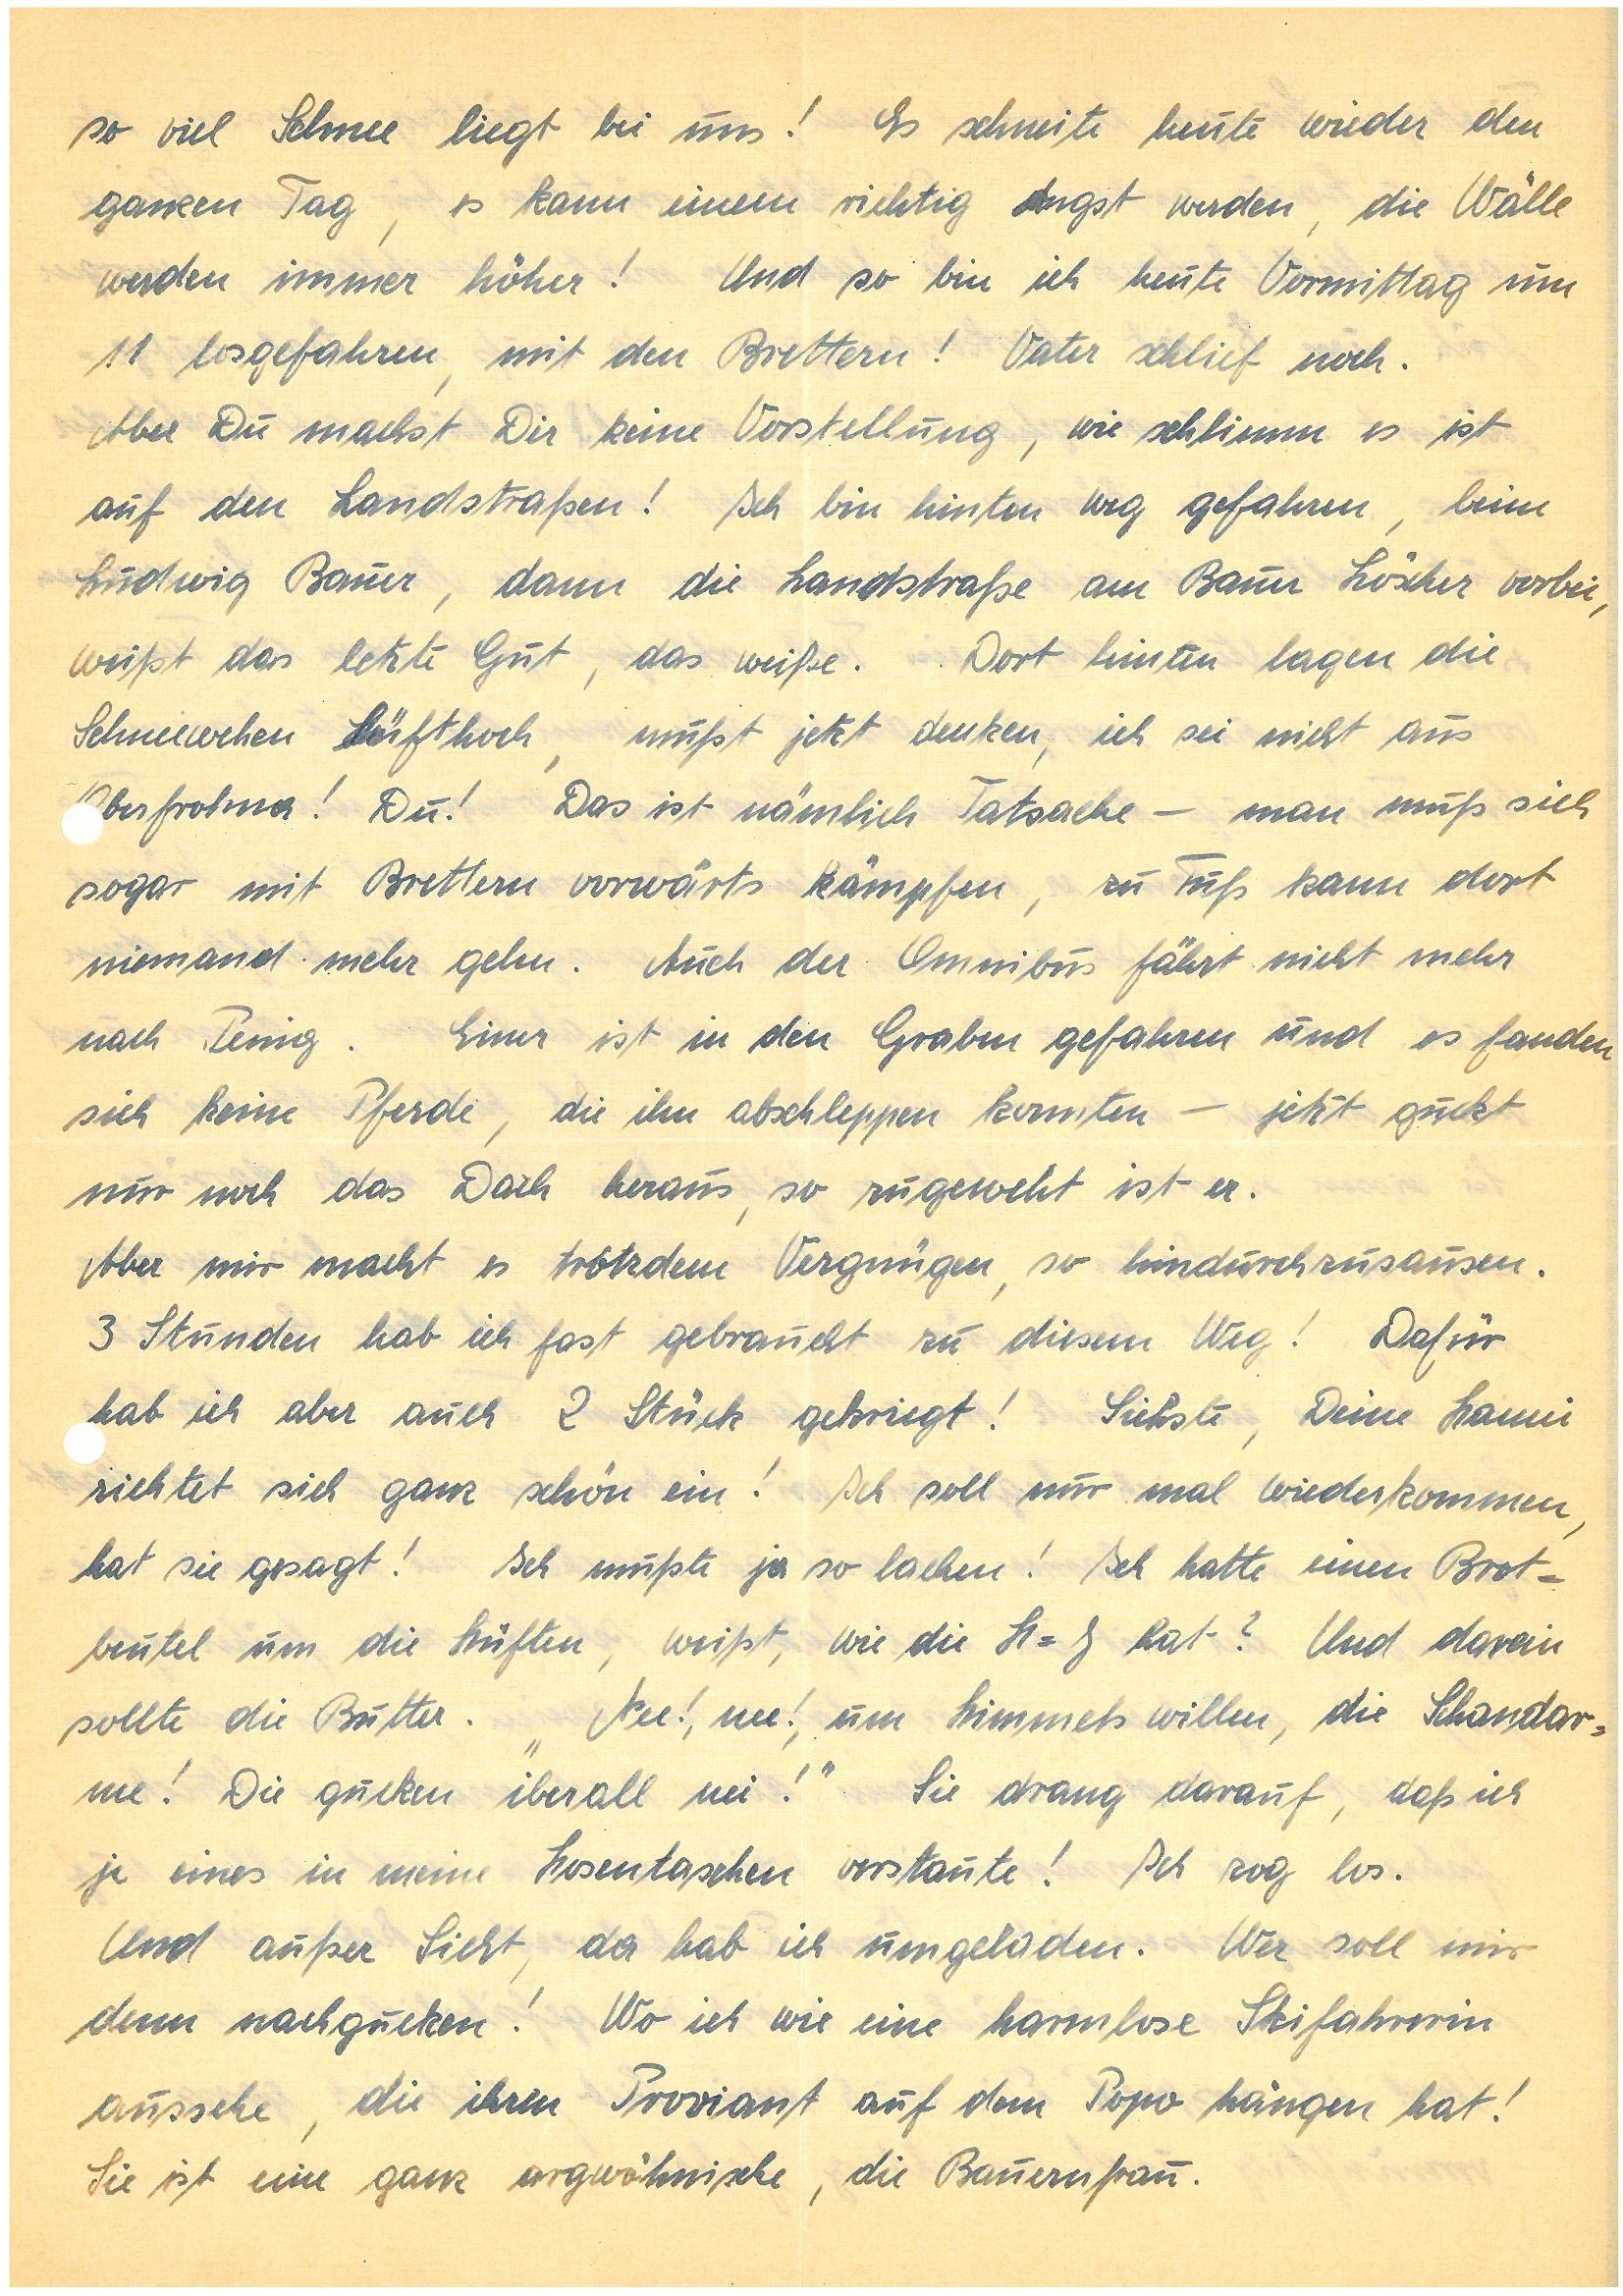
soviel Schnee liegt bei uns! Es schneite heute wieder den
ganzen Tag, es kann einem richtig Angst werden, die Wälle
werden immer höher! Und so bin ich heute Vormittag um
11 losgefahren, mit den Brettern! Vater schlief noch.
Aber Du machst Dir keine Vorstellung, wie schlimm es ist
auf den Landstraßen! Ich bin hinten weg gefahren, beim
Ludwig B., dann die Landstraße am Bauer H. vorbei,
weißt das letzte Gut, das weiße. Dort hinten lagen die
Schneewehen hüfthoch, mußt jetzt denken, ich sei nicht aus
O.! Du! Das ist nämlich Tatsache – man muß sich
sogar mit Brettern vorwärts kämpfen, zu Fuß kann dort
niemand mehr gehn. Auch der Omnibus fährt nicht mehr
nach P. Einer ist in den Graben gefahren und es fanden
sich keine Pferde, die ihn abschleppen konnten – jetzt guckt
nur noch das Dach heraus, so zugeweht ist er.
Aber mir macht es trotzdem Vergnügen, so hindurchzusausen.
3 Stunden hab ich fast gebraucht zu diesem Weg! Dafür
hab ich aber auch 2 Stück gekriegt! Siehste, Deine
richtet sich ganz schön ein! Ich soll nur mal wiederkommen,
hat sie gesagt! Ich mußte ja so lachen! Ich hatte einen Brot¬
beutel um die Hüften, weißt, wie die H-J hat? Und darein
sollte die Butter. „Nee!, nee!, um Himmels willen, die Schandar¬
me! Die gucken iberall nei!“ Sie drang darauf, daß ich
je eines in meine Hosentaschen verstaute! Ich zog los.
Und außer Sicht, da hab ich umgeladen. Wer soll mir
denn nachgucken! Wo ich wie eine harmlose Skifahrerin
aussehe, die ihren Proviant auf dem Popo hängen hat!
Sie ist eine ganz argwöhnische, die Bauernfrau.